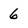
Character: 6